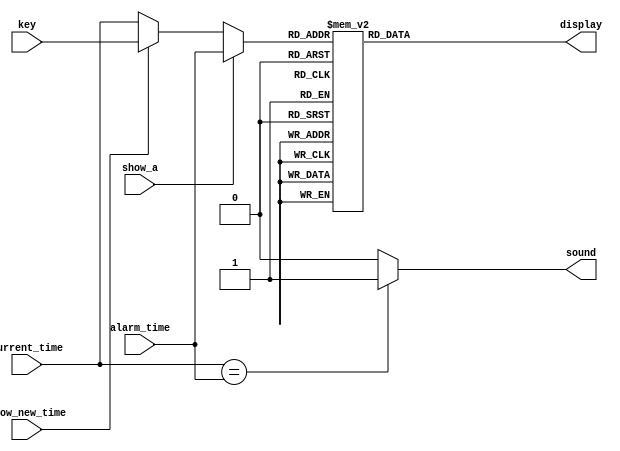
module lcd_driver(
input show_new_time,
input show_a,
input [3:0]alarm_time,
input [3:0]current_time,
input [3:0]key,
output reg[7:0]display,
output reg sound);

reg [3:0]display_val;

parameter ZERO 	 = 8'h30;
parameter ONE 		 = 8'h31;
parameter TWO 		 = 8'h32;
parameter THREE 	 = 8'h33;
parameter FOUR 	 = 8'h34;
parameter FIVE 	 = 8'h35;
parameter SIX 		 = 8'h36;
parameter SEVEN 	 = 8'h37;
parameter EIGHT 	 = 8'h38;
parameter NINE 	 = 8'h39;
parameter ERROR    = 8'h3A;

always@(*)
begin
	if(show_a)
	begin
		display_val = alarm_time;
	end
	else if(show_new_time)
	begin
		display_val = key;
	end
	else
	begin
		display_val = current_time;
	end
	
	if(current_time == alarm_time)
	begin
		sound = 1'b1;
	end
	else
	begin
		sound = 0;
	end
	
end

always@(display_val)
begin
	case(display_val)
		4'b0000 : display = ZERO;
		4'b0001 : display = ONE;
		4'b0010 : display = TWO;
		4'b0011 : display = THREE;
		4'b0100 : display = FOUR;
		4'b0101 : display = FIVE;
		4'b0110 : display = SIX;
		4'b0111 : display = SEVEN;
		4'b1000 : display = EIGHT;
		4'b1001 : display = NINE;
	   default : display = ERROR;
	endcase
end

endmodule